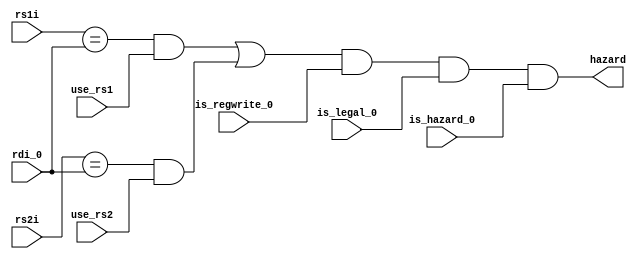
module hazard_detect (
    rs1i,
    rs2i,
    use_rs1,
    use_rs2,
    is_regwrite_0,
    is_legal_0,
    is_hazard_0,
    rdi_0,
    hazard);

    input [4:0] rs1i;
    input [4:0] rs2i;
    input use_rs1;
    input use_rs2;
    input is_regwrite_0;
    input is_legal_0;
    input is_hazard_0;
    input [4:0] rdi_0;
    output hazard;

    assign hazard = (((rs1i == rdi_0) & use_rs1) 
                    |((rs2i == rdi_0) & use_rs2))
                  & is_regwrite_0
                  & is_legal_0
                  & is_hazard_0;
endmodule